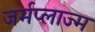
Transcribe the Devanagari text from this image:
जर्मप्लाज्म